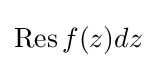
\operatorname {Res} f(z)dz